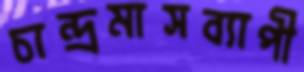
চান্দ্রমাসব্যাপী